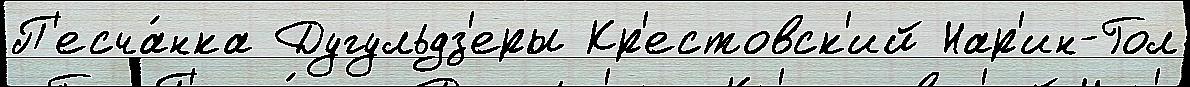
П'есча́нка Дугульдз'еры Кр'естовск'ий Нар'ин-Гол